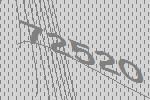
72520